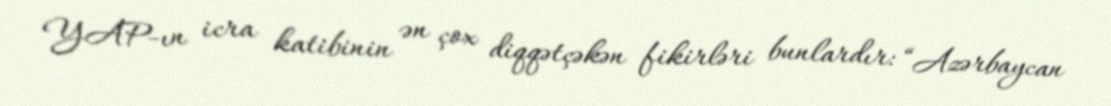
YAP-ın icra katibinin ən çox diqqətçəkən fikirləri bunlardır: “Azərbaycan